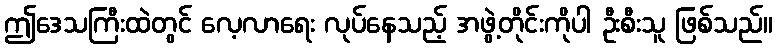
ဤဒေသကြီးထဲတွင် လေ့လာရေး လုပ်နေသည့် အဖွဲ့တိုင်းကိုပါ ဦးစီးသူ ဖြစ်သည်။